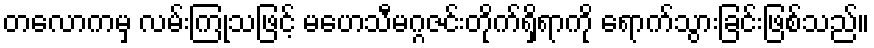
တလောကမှ လမ်းကြုံသဖြင့် မဟေသီမဂ္ဂဇင်းတိုက်ရှိရာကို ရောက်သွားခြင်းဖြစ်သည်။